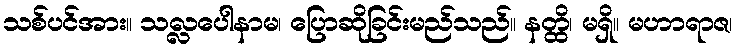
သစ်ပင်အား။ သလ္လပေါနာမ၊ ပြောဆိုခြင်းမည်သည်။ နတ္ထိ၊ မရှိ။ မဟာရာဇ၊